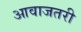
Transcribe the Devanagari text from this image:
आवाजतरी